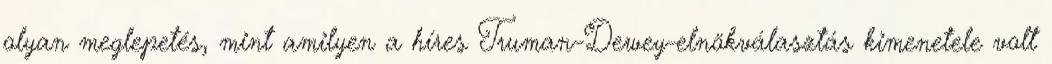
olyan meglepetés, mint amilyen a híres Truman–Dewey-elnökválasztás kimenetele volt